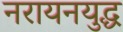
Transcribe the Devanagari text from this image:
नरायनयुद्ध